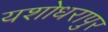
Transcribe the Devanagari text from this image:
यशोधरापुर